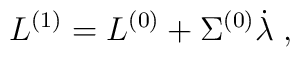
L^{(1)} = L^{(0)} + \Sigma^{(0)} \dot \lambda \;,